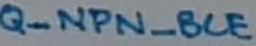
Text: Q_NPN_BCE